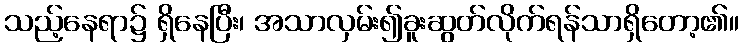
သည့်နေရာ၌ ရှိနေပြီး၊ အသာလှမ်း၍ခူးဆွတ်လိုက်ရန်သာရှိတော့၏။